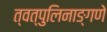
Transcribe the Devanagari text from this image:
त्वत्पुलिनाङ्गणे